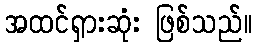
အထင်ရှားဆုံး ဖြစ်သည်။